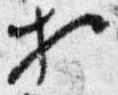
等